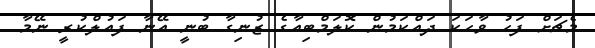
މެޗަށް ފަހު ވާހަކަ ދައްކަމުން ކޮލަމްބިއާގެ ޒުނިގާ ބުނީ އޭނާ ފައުލްކުރީ ނޭމާ